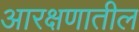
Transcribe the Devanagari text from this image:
आरक्षणातील